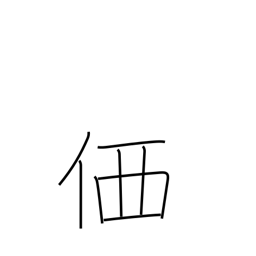
Meaning: price